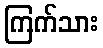
ကြက်သား